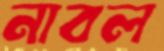
নাবল